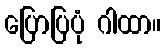
ပြောပြပုံ ဂါထာ။